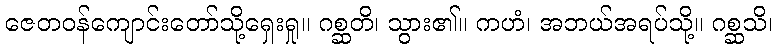
ဇေတဝန်ကျောင်းတော်သို့ရှေးရှု။ ဂစ္ဆတိ၊ သွား၏။ ကဟံ၊ အဘယ်အရပ်သို့။ ဂစ္ဆသိ၊